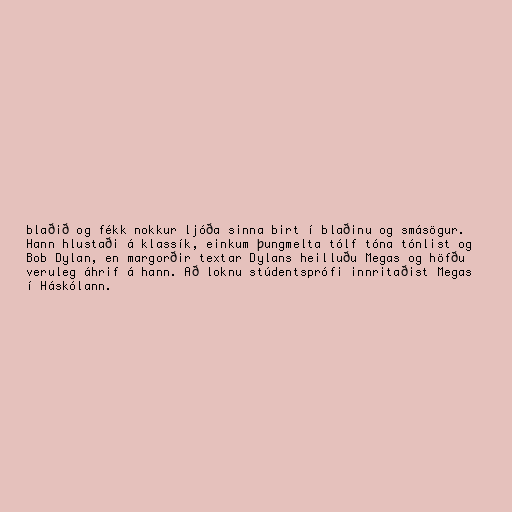
blaðið og fékk nokkur ljóða sinna birt í blaðinu og smásögur.
Hann hlustaði á klassík, einkum þungmelta tólf tóna tónlist og
Bob Dylan, en margorðir textar Dylans heilluðu Megas og höfðu
veruleg áhrif á hann. Að loknu stúdentsprófi innritaðist Megas
í Háskólann.